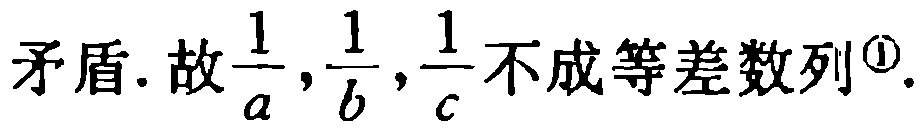
矛盾. 故$\frac{1}{a},\frac{1}{b},\frac{1}{c}$不成等差数列\footnotemark[1].